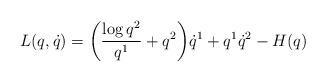
LaTeX: \begin{align*}L(q,\dot q) = \bigg(\frac{\log q^2}{q^1} + q^2 \bigg) \dot q^1 + q^1 \dot q^2 - H(q)\end{align*}